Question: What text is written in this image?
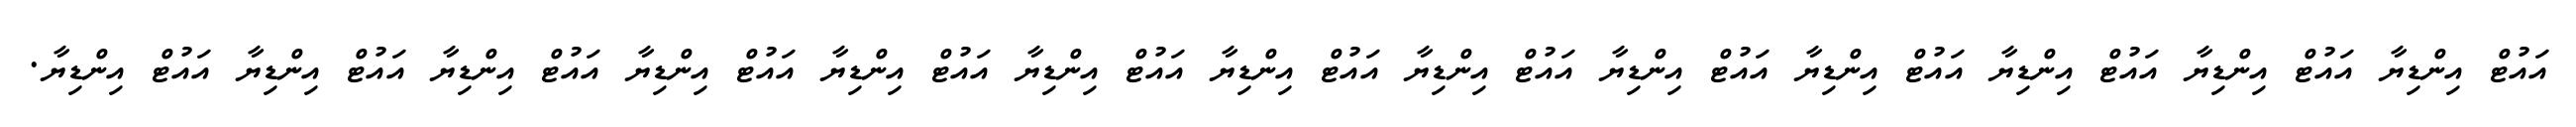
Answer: އައުޓް އިންޑިޔާ އައުޓް އިންޑިޔާ އައުޓް އިންޑިޔާ އައުޓް އިންޑިޔާ އައުޓް އިންޑިޔާ އައުޓް އިންޑިޔާ އައުޓް އިންޑިޔާ އައުޓް އިންޑިޔާ އައުޓް އިންޑިޔާ އައުޓް އިންޑިޔާ އައުޓް އިންޑިޔާ އައުޓް އިންޑިޔާ އައުޓް އިންޑިޔާ.